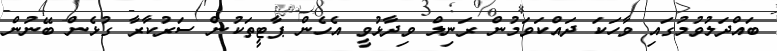
ބައްދަލުވުމުގައި ވާހަކަ ދައްކަވަމުން ރަނިލް ވިދާޅުވީ އެހެން ޕާޓީތަކުން ސަރުކާރާ ގުޅެން ބޭނުން